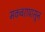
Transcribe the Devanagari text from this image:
मकबरापासून